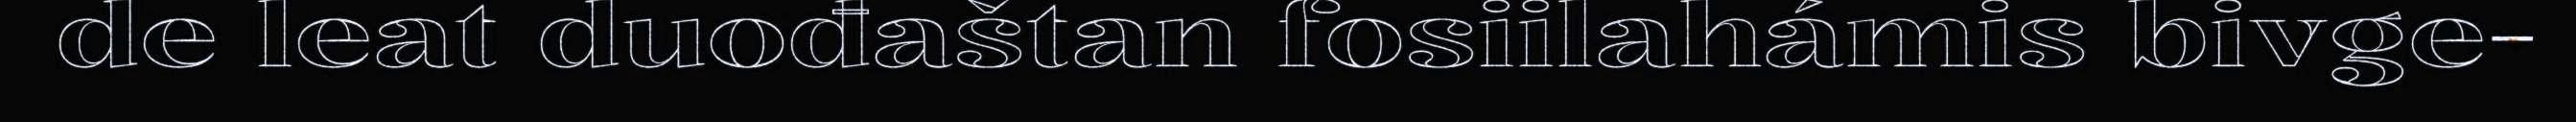
de leat duođaštan fosiilahámis bivge-